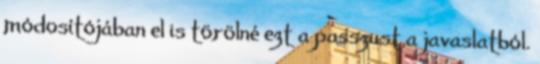
módosítójában el is törölné ezt a passzust a javaslatból.